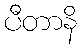
ပီတာနိ